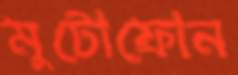
মুটোফোন